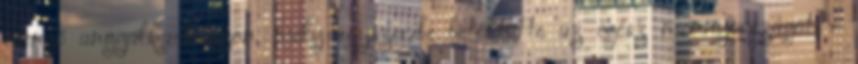
csengő angyalka-hangon, mely egyszeribe betöltötte az egész mennyországot -